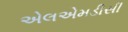
એલએમડીસી